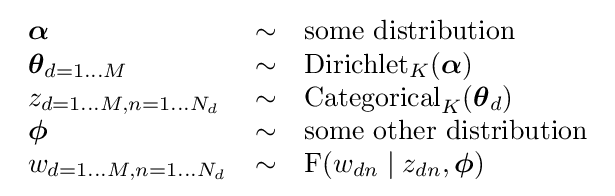
{\begin{array}{lcl}{\boldsymbol {\alpha }}&\sim &{\text{some distribution}}\\{\boldsymbol {\theta }}_{d=1\dots M}&\sim &\operatorname {Dirichlet} _{K}({\boldsymbol {\alpha }})\\z_{d=1\dots M,n=1\dots N_{d}}&\sim &\operatorname {Categorical} _{K}({\boldsymbol {\theta }}_{d})\\{\boldsymbol {\phi }}&\sim &{\text{some other distribution}}\\w_{d=1\dots M,n=1\dots N_{d}}&\sim &\operatorname {F} (w_{dn}\mid z_{dn},{\boldsymbol {\phi }})\end{array}}